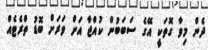
ދެން މިވާ ގޮތަކީ އޭގެ ސަބަބުން ކުއްޖާ އަށް ވަރަށް ބޮޑު ތްރެޓެއް